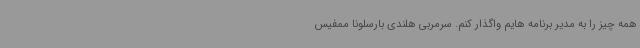
همه چیز را به مدیر برنامه هایم واگذار کنم. سرمربی هلندی بارسلونا ممفیس